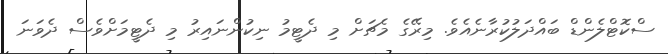
ސްކޮޓްލެންޑް ބައްދަލުކުރާނެއެވެ. މިރޭގެ މެޗަށް މި ދެޓީމު ނިކުންނައިރު މި ދެޓީމަށްވެސް ދެވަނަ